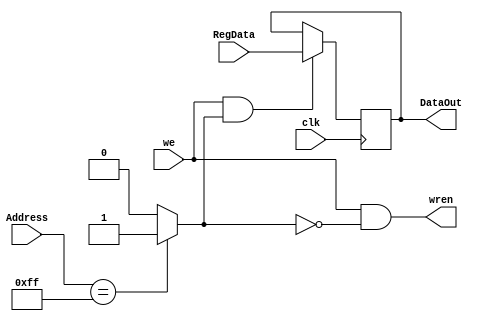
module Par_OUT (input [7:0]RegData, Address, input clk, we, output reg [7:0]DataOut, output wren);

	wire fioA, fioB;
	
	assign fioA = (Address == 8'hFF) ? 1 : 0;
	assign fioB = we & fioA;
	assign wren = we & (~fioA);
	
	always @ (posedge clk) begin
		DataOut = fioB ? RegData : DataOut;
	end
endmodule